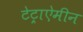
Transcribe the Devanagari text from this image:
टेट्राऐमीन